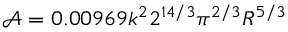
\mathscr { A } = 0 . 0 0 9 6 9 k ^ { 2 } 2 ^ { 1 4 / 3 } \pi ^ { 2 / 3 } R ^ { 5 / 3 }